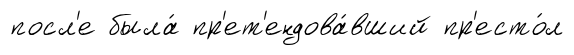
посл'е была́ пр'ет'ендова́вший пр'есто́л